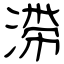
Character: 滞